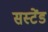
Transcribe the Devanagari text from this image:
सस्टेंड